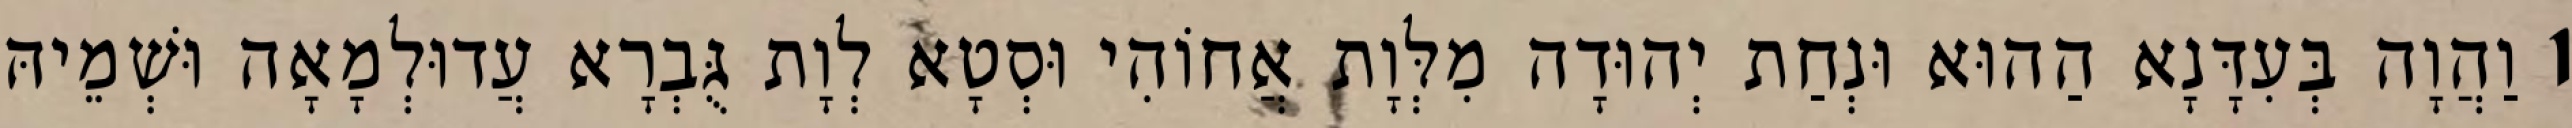
1 וַהֲוָה בְּעִדָּנָא הַהוּא וּנְחַת יְהוּדָה מִלְּוָת אֲחוֹהִי וּסְטָא לְוָת גֻּבְרָא עֲדוּלְמָאָה וּשְׁמֵיהּ